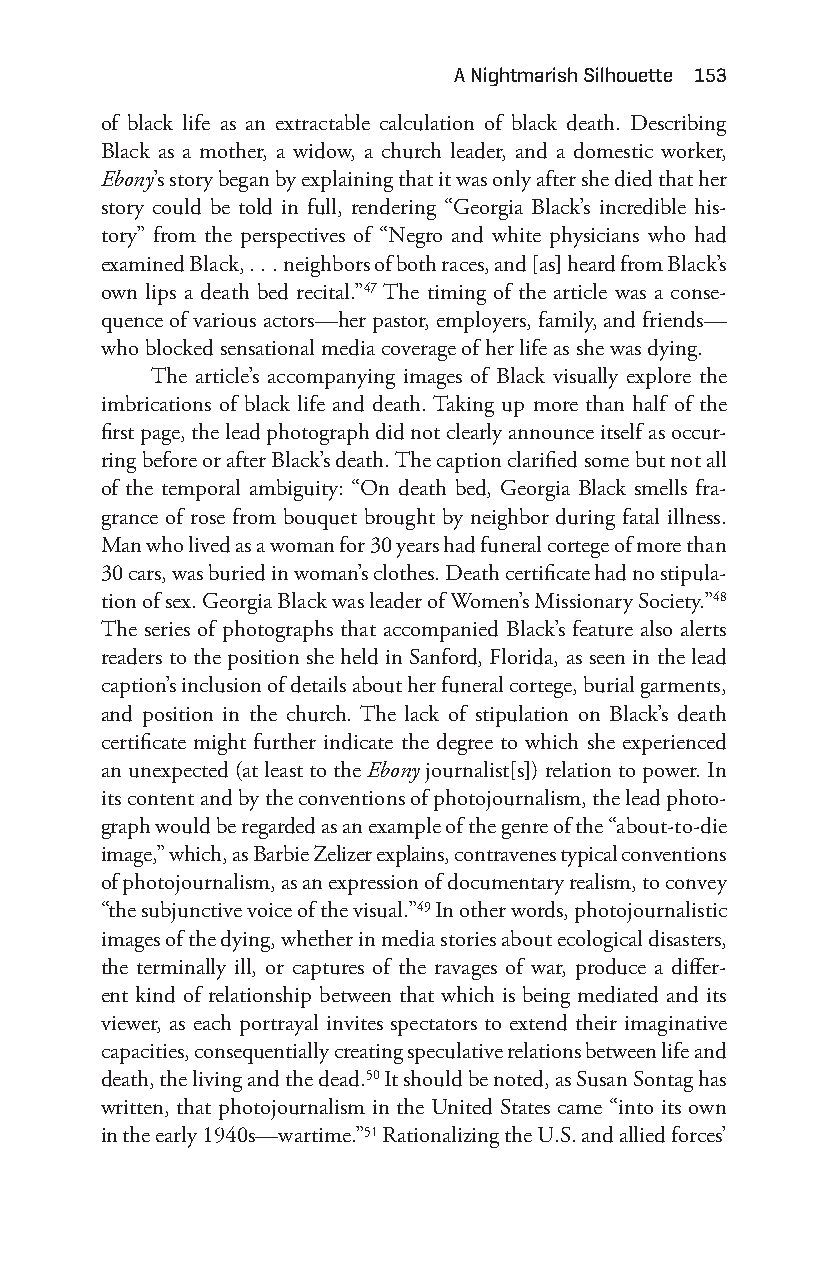
a nightmarish Silhouette 153
 of black life as an extractable calculation of black death. Describing
 Black as a mother, a widow, a church leader, and a domestic worker,
 Ebony’s story began by explaining that it was only after she died that her
 story could be told in full, rendering “Georgia Black’s incredible his-
 tory” from the perspectives of “Negro and white physicians who had
 examined Black, . . . neighbors of both races, and [as] heard from Black’s
 own lips a death bed recital.”47 The timing of the article was a conse-
 quence of various actors— her pastor, employers, family, and friends—
 who blocked sensational media coverage of her life as she was dying.
 The article’s accompanying images of Black visually explore the
 imbrications of black life and death. Taking up more than half of the
 first page, the lead photograph did not clearly announce itself as occur-
 ring before or after Black’s death. The caption clarified some but not all
 of the temporal ambiguity: “On death bed, Georgia Black smells fra-
 grance of rose from bouquet brought by neighbor during fatal illness.
 Man who lived as a woman for 30 years had funeral cortege of more than
 30 cars, was buried in woman’s clothes. Death certificate had no stipula-
 tion of sex. Georgia Black was leader of Women’s Missionary Society.”48
 The series of photographs that accompanied Black’s feature also alerts
 readers to the position she held in Sanford, Florida, as seen in the lead
 caption’s inclusion of details about her funeral cortege, burial garments,
 and position in the church. The lack of stipulation on Black’s death
 certificate might further indicate the degree to which she experienced
 an unexpected (at least to the Ebony journalist[s]) relation to power. In
 its content and by the conventions of photojournalism, the lead photo-
 graph would be regarded as an example of the genre of the “about- to- die
 image,” which, as Barbie Zelizer explains, contravenes typical conventions
 of photojournalism, as an expression of documentary realism, to convey
 “the subjunctive voice of the visual.”49 In other words, photojournalistic
 images of the dying, whether in media stories about ecological disasters,
 the terminally ill, or captures of the ravages of war, produce a differ-
 ent kind of relationship between that which is being mediated and its
 viewer, as each portrayal invites spectators to extend their imaginative
 capacities, consequentially creating speculative relations between life and
 death, the living and the dead.50 It should be noted, as Susan Sontag has
 written, that photojournalism in the United States came “into its own
 in the early 1940s— wartime.”51 Rationalizing the U.S. and allied forces’
 Snorton.indd 153                            29/09/2017 8:41:06 AM